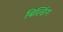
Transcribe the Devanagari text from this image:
बिल्‍डिंग